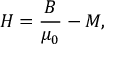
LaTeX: { \boldsymbol { H } } = { \frac { \boldsymbol { B } } { \mu _ { 0 } } } - { \boldsymbol { M } } ,